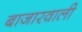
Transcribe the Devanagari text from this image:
बाजारवाली